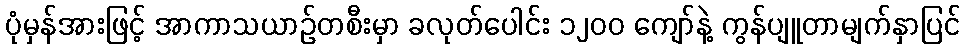
ပုံမှန်အားဖြင့် အာကာသယာဉ်တစီးမှာ ခလုတ်ပေါင်း ၁၂၀၀ ကျော်နဲ့ ကွန်ပျူတာမျက်နှာပြင်